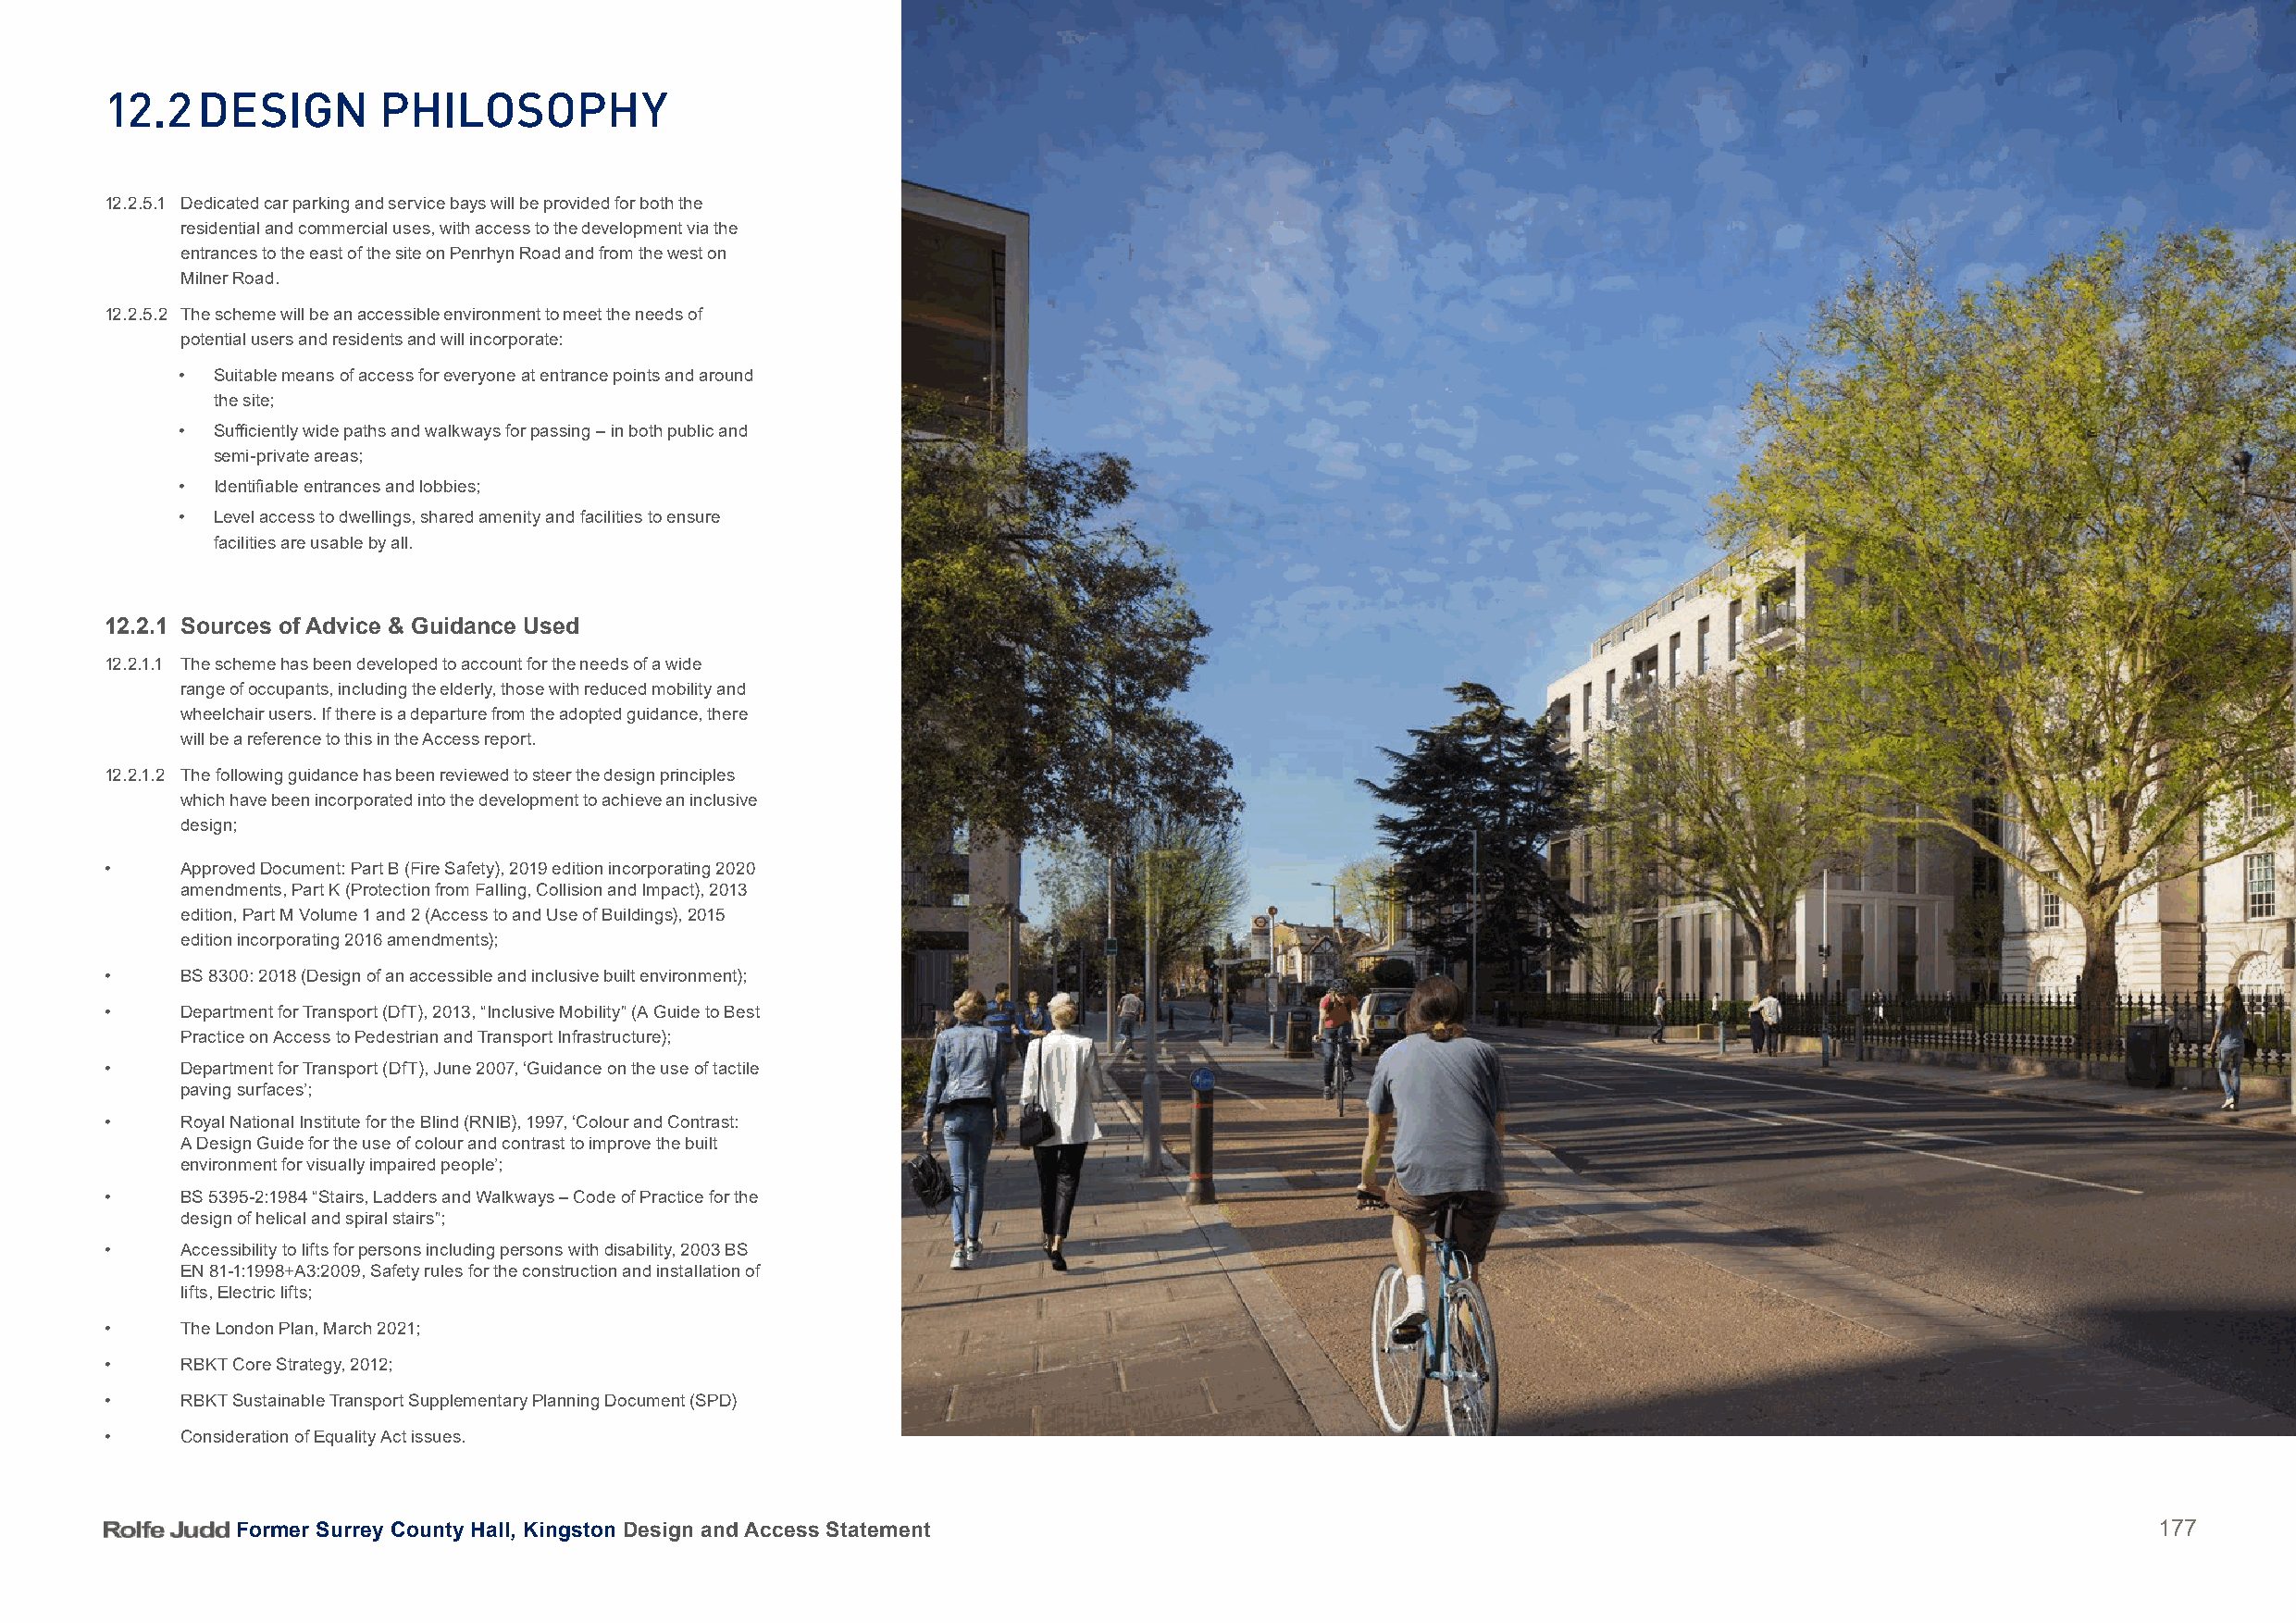
12.2   DeSign       PHiloSoPHy
 12.2.5.1 Dedicated car parking and service bays will be provided for both the
 residential and commercial uses, with access to the development via the
 entrances to the east of the site on Penrhyn Road and from the west on
 Milner Road.
 12.2.5.2 The scheme will be an accessible environment to meet the needs of
 potential users and residents and will incorporate:
 • Suitable means of access for everyone at entrance points and around
 the site;
 • Sufficiently wide paths and walkways for passing – in both public and
 semi-private areas;
 • Identifiable entrances and lobbies;
 • Level access to dwellings, shared amenity and facilities to ensure
 facilities are usable by all.
 12.2.1 Sources of Advice & Guidance Used
 12.2.1.1 The scheme has been developed to account for the needs of a wide
 range of occupants, including the elderly, those with reduced mobility and
 wheelchair users. If there is a departure from the adopted guidance, there
 will be a reference to this in the Access report.
 12.2.1.2 The following guidance has been reviewed to steer the design principles
 which have been incorporated into the development to achieve an inclusive
 design;
 •     Approved Document: Part B (Fire Safety), 2019 edition incorporating 2020
 amendments, Part K (Protection from Falling, Collision and Impact), 2013
 edition, Part M Volume 1 and 2 (Access to and Use of Buildings), 2015
 edition incorporating 2016 amendments);
 •     BS 8300: 2018 (Design of an accessible and inclusive built environment);
 •     Department for Transport (DfT), 2013, “Inclusive Mobility” (A Guide to Best
 Practice on Access to Pedestrian and Transport Infrastructure);
 •     Department for Transport (DfT), June 2007, ‘Guidance on the use of tactile
 paving surfaces’;
 •     Royal National Institute for the Blind (RNIB), 1997, ‘Colour and Contrast:
 A Design Guide for the use of colour and contrast to improve the built
 environment for visually impaired people’;
 •     BS 5395-2:1984 “Stairs, Ladders and Walkways – Code of Practice for the
 design of helical and spiral stairs”;
 •     Accessibility to lifts for persons including persons with disability, 2003 BS
 EN 81-1:1998+A3:2009, Safety rules for the construction and installation of
 lifts, Electric lifts;
 •     The London Plan, March 2021;
 •     RBKT Core Strategy, 2012;
 •     RBKT Sustainable Transport Supplementary Planning Document (SPD)
 •     Consideration of Equality Act issues.
 Former Surrey County Hall, Kingston Design and Access Statement                                                                          177